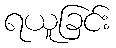
ရယူခြင်း